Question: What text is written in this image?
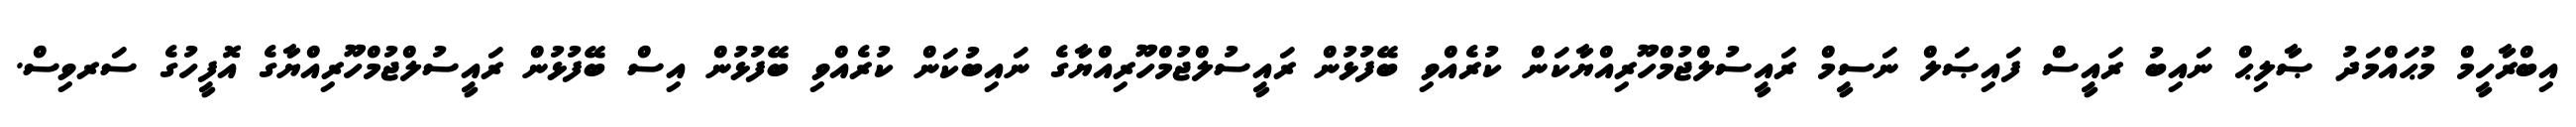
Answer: އިބްރާހީމް މުޙައްމަދު ޞާލިޙް ނައިބު ރައީސް ފައިޞަލް ނަސީމް ރައީސުލްޖުމްހޫރިއްޔާކަން ކުރެއްވި ބޭފުޅުން ރައީސުލްޖުމްހޫރިއްޔާގެ ނައިބުކަން ކުރެއްވި ބޭފުޅުން އިސް ބޭފުޅުން ރައީސުލްޖުމްހޫރިއްޔާގެ އޮފީހުގެ ސަރވިސް.